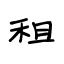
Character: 租